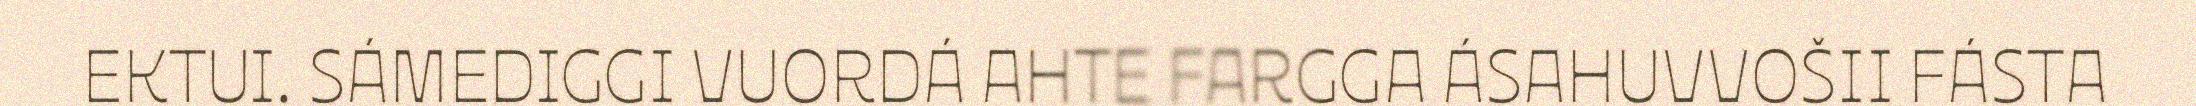
EKTUI. SÁMEDIGGI VUORDÁ AHTE FARGGA ÁSAHUVVOŠII FÁSTA